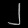
Digit: ၂